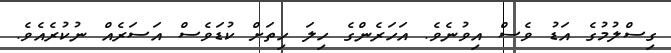
ގިސްލުމުގެ އަޑު ވެސް އިވުނެވެ. އަހަރެންގެ ހިލަ ހިތަށް ކުޑަވެސް އަސަރެއް ނުކުރެއެވެ.